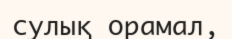
сулық орамал,